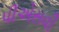
પીએસવી